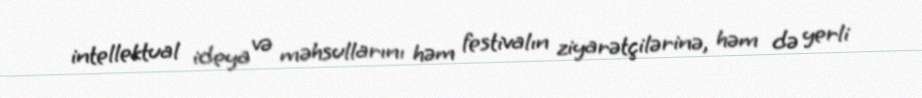
intellektual ideya və məhsullarını həm festivalın ziyarətçilərinə, həm də yerli